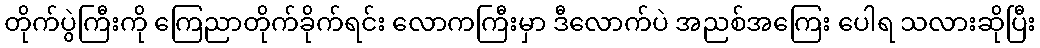
တိုက်ပွဲကြီးကို ကြေညာတိုက်ခိုက်ရင်း လောကကြီးမှာ ဒီလောက်ပဲ အညစ်အကြေး ပေါရ သလားဆိုပြီး